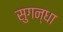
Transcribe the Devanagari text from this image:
सुगन्धा